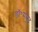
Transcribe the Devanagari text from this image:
डॉ॰मसूद